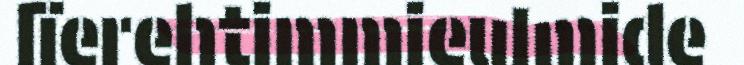
lïerehtimmieulmide